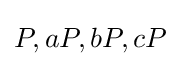
P,aP,bP,cP